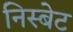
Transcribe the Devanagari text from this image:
निस्बेट